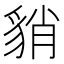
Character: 𧳍